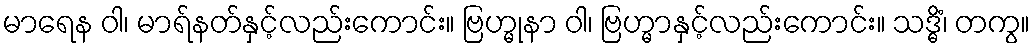
မာရေန ဝါ၊ မာရ်နတ်နှင့်လည်းကောင်း။ ဗြဟ္မုနာ ဝါ၊ ဗြဟ္မာနှင့်လည်းကောင်း။ သဒ္ဓိံ၊ တကွ။